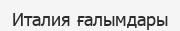
Италия ғалымдары